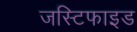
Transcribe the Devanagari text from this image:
जस्टिफाइड